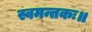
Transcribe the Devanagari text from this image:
स्वमन्तकः॥